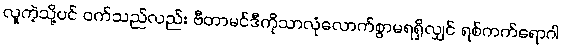
လူကဲ့သို့ပင် ဝက်သည်လည်း ဗီတာမင်ဒီကိုသာလုံလောက်စွာမရရှိလျှင် ရစ်ကက်ရောဂါ